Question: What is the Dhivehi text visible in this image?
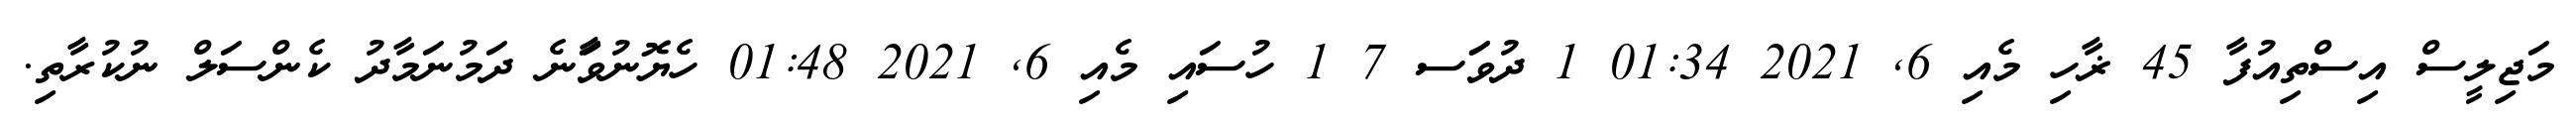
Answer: މަޖިލީސް އިސްތިއުފާ 45 ޜާހި މެއި 6, 2021 01:34 1 ދުވަަސ 7 1 ހުސައި މެއި 6, 2021 01:48 ހެޔޮނުވަާނެ ދަމުނަމާދު ކެންސަލް ނުކުރާތި.